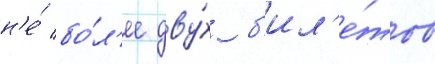
н'е́ бо́л'ее дву́х б'ил'е́тов